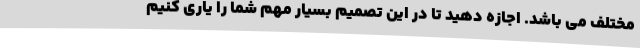
مختلف می باشد. اجازه دهید تا در این تصمیم بسیار مهم شما را یاری کنیم